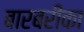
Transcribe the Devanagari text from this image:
बारबरीका